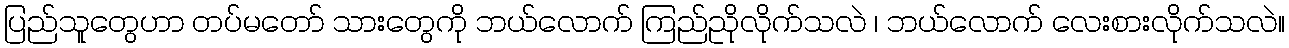
ပြည်သူတွေဟာ တပ်မတော် သားတွေကို ဘယ်လောက် ကြည်ညိုလိုက်သလဲ ၊ ဘယ်လောက် လေးစားလိုက်သလဲ။